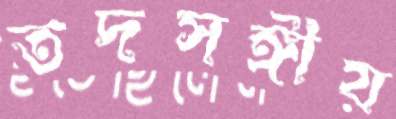
তদসঙ্গীয়